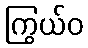
ကြွယ်ဝ